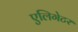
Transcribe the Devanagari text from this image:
एलिगेटर